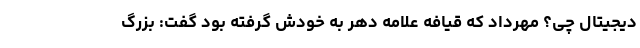
دیجیتال چی؟ مهرداد که قیافه علامه دهر به خودش گرفته بود گفت: بزرگ